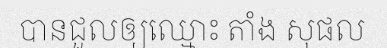
បានជួលឲ្យឈ្មោះ តាំង សុផល